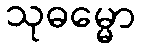
သုဓမ္မော